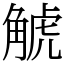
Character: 𧣾